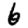
Digit: 6